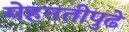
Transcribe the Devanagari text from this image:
मेहनतीपुढे